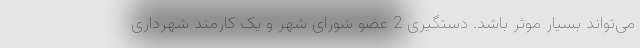
می‌تواند بسیار موثر باشد. دستگیری 2 عضو شورای شهر و یک کارمند شهرداری